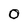
Character: 0